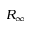
R _ { \infty }